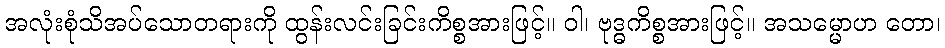
အလုံးစုံသိအပ်သောတရားကို ထွန်းလင်းခြင်းကိစ္စအားဖြင့်။ ဝါ၊ ဗုဒ္ဓကိစ္စအားဖြင့်။ အသမ္မောဟ တော၊